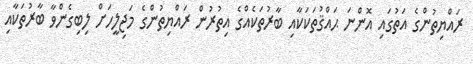
ރައްޔިތުންގެ އަތުގައި އޮންނަ ޙައްޤުތަކަކާއި ބާރުތަކެއްގެ އިތުރުން ރައްޔިތުންގެ މަޖިލީހަށް ލިބިގެންވާ ބާރުތަކާއި